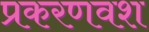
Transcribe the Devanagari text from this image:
प्रकरणवश